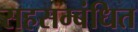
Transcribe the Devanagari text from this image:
सहसम्बंधित